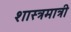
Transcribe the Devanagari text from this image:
शास्त्रमात्री